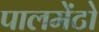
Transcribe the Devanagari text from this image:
पालमेंटो